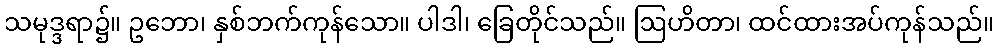
သမုဒ္ဒရာ၌။ ဥဘော၊ နှစ်ဘက်ကုန်သော။ ပါဒါ၊ ခြေတိုင်သည်။ ဩဟိတာ၊ ထင်ထားအပ်ကုန်သည်။